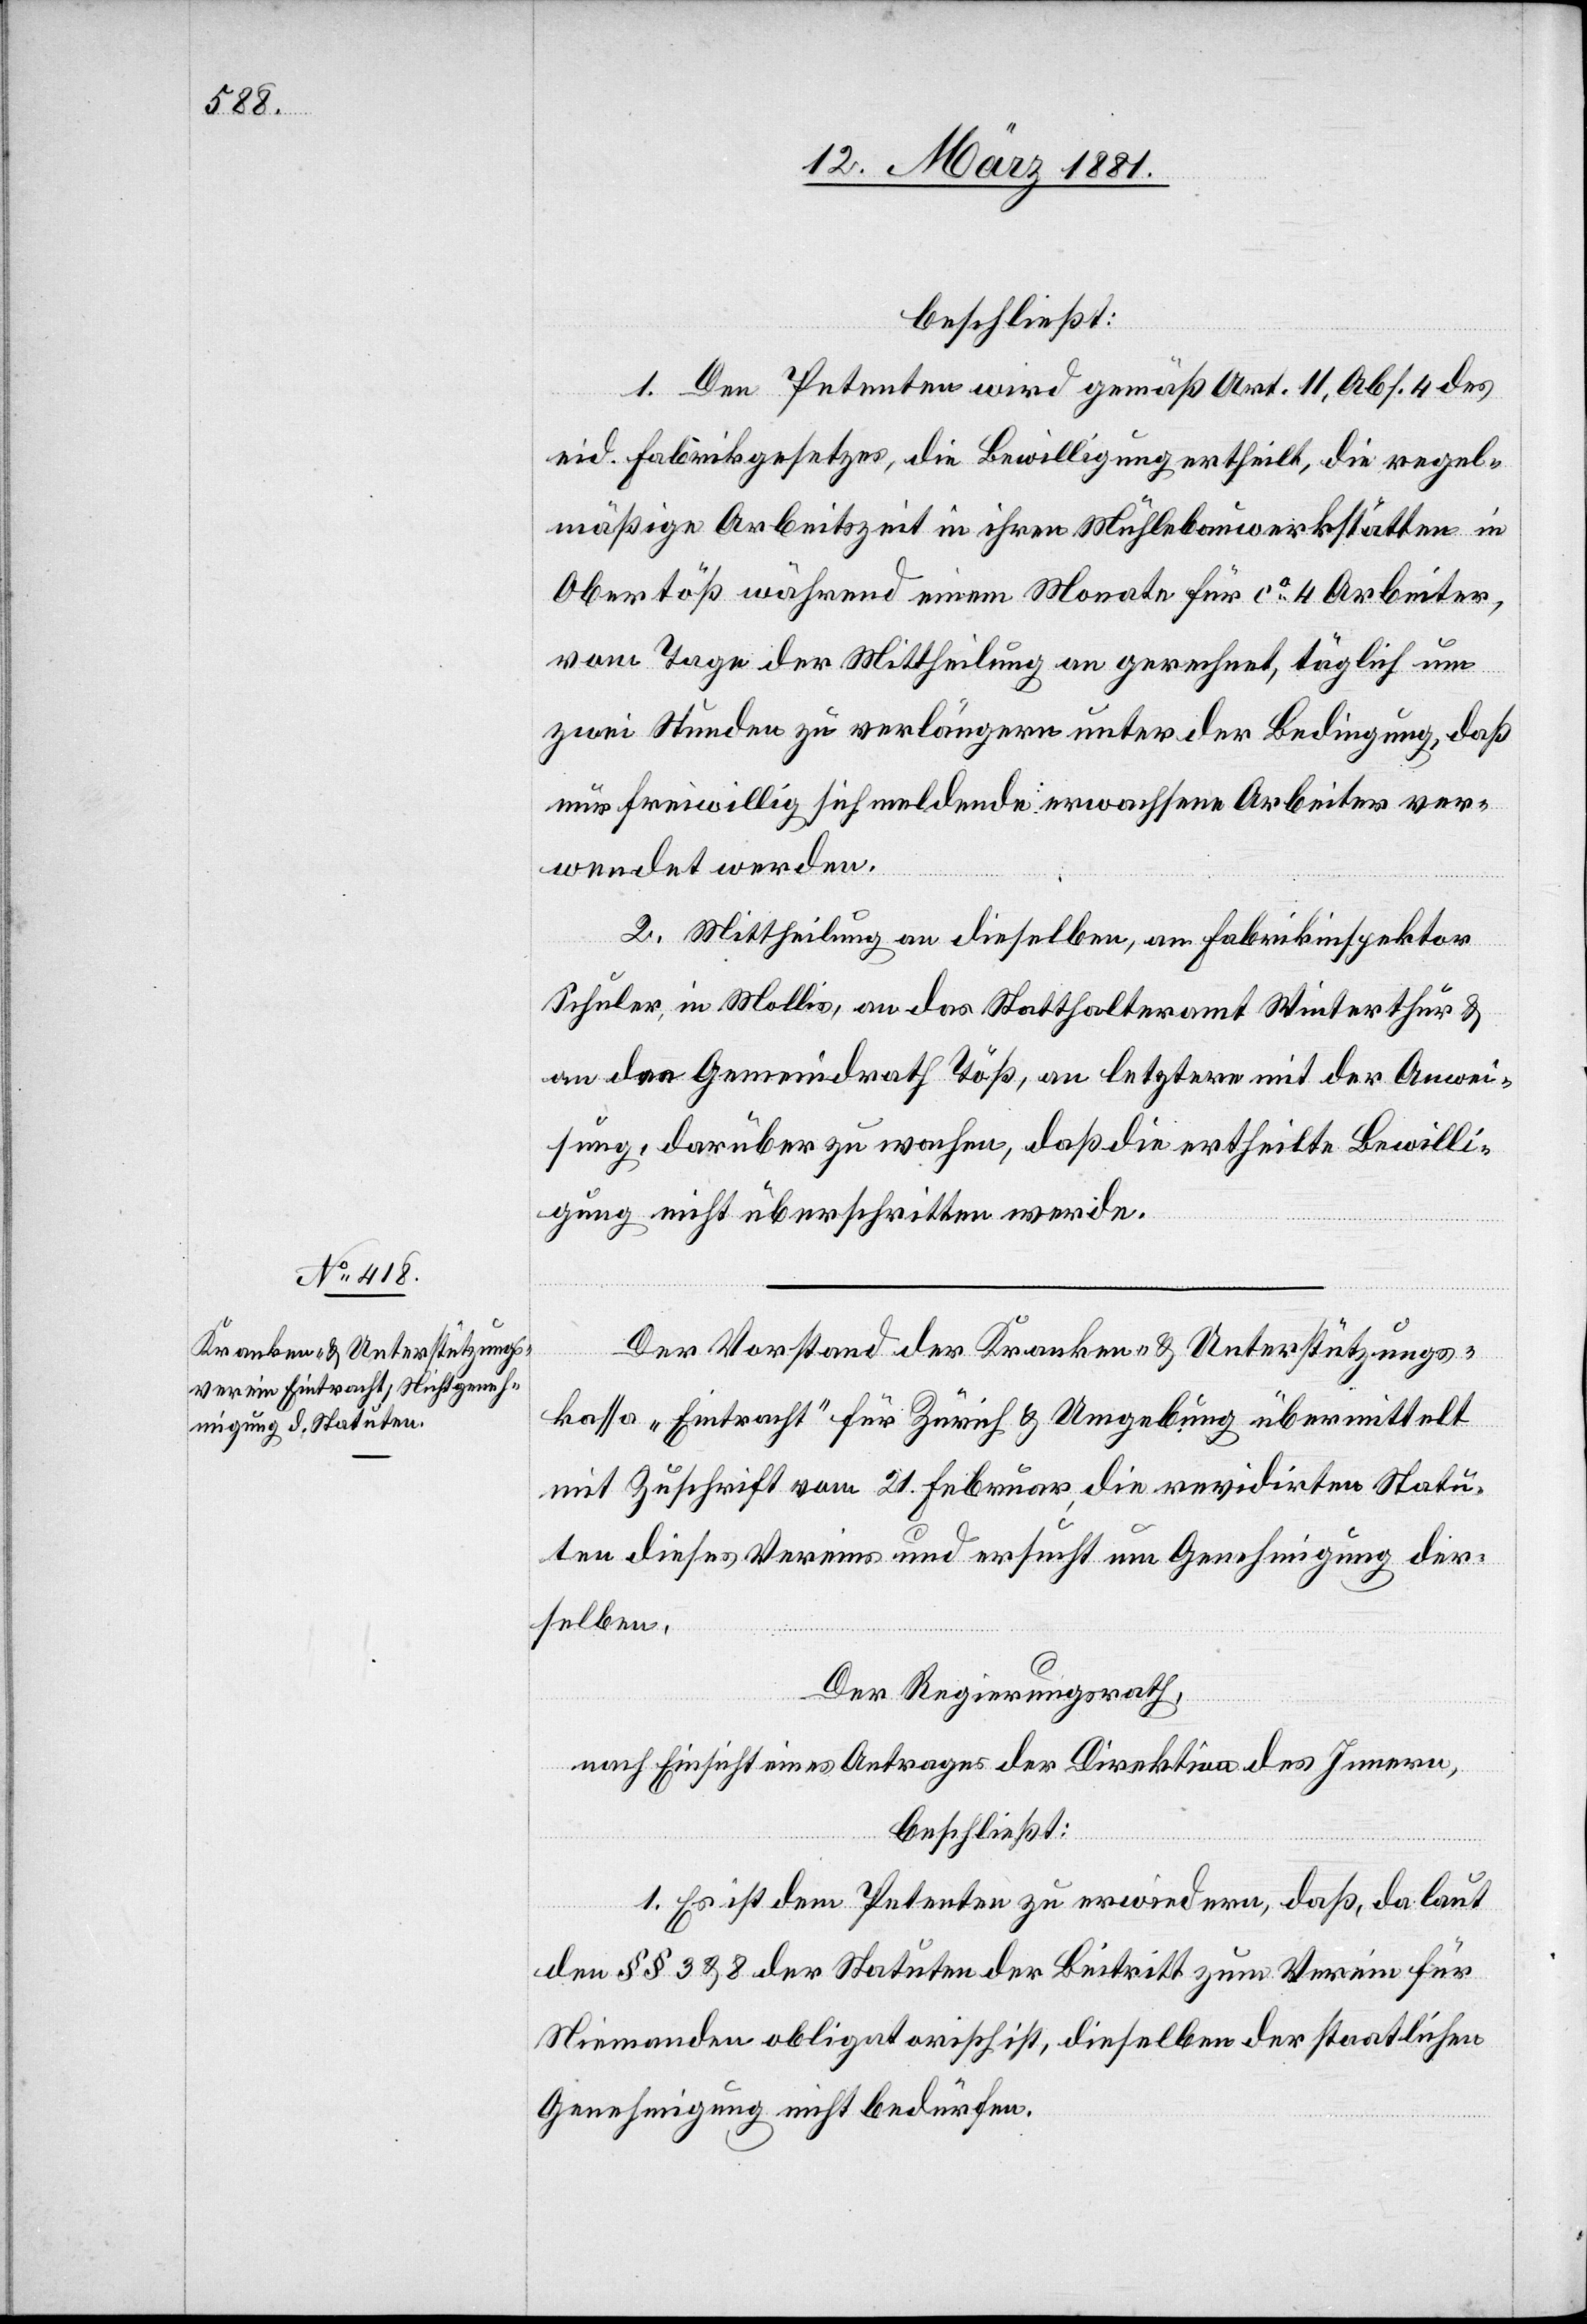
beschließt:
1. Den Petenten wird gemäß Art. 11, Abs. 4 des
eid. Fabrikgesetzes, die Bewilligung ertheilt, die regel¬
mäßige Arbeitszeit in ihren Mühlebauwerkstätten in
Obertöß während einem Monate für ca 4 Arbeiter,
vom Tage der Mittheilung an gerechnet, täglich um
zwei Stunden zu verlängern unter der Bedingung, daß
nur freiwillig sich meldende erwachsene Arbeiter ver¬
wendet werden.
2. Mittheilung an dieselben, an Fabrikinspektor
Schuler, in Mollis, an das Statthalteramt Winterthur &
an den Gemeindrath Töß, letztere mit der Anwei¬
sung, darüber zu wachen, daß die ertheilte Bewilli¬
gung nicht überschritten werde.
Der Vorstand der Kranken- & Unterstützungs¬
kassa „Eintracht“ für Zürich & Umgebung übermittelt
mit Zuschrift vom 21. Februar, die revidirten Statu¬
ten dieses Vereins und ersucht um Genehmigung der¬
selben.
Der Regierungsrath,
nach Einsicht eines Antrages der Direktion des Innern,
beschließt:
1. Es ist dem Petenten zu erwiedern, daß, da laut
den §§ 3 & 8 der Statuten der Beitritt zum Verein für
Niemanden obligatorisch, dieselben der staatlichen
Genehmigung nicht bedürfen.